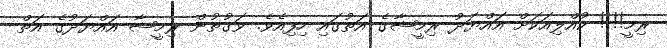
ރިމީ!!!! ކުއްލިއަކަށް އައްޔަދު ރިމީޝާގެ އަތުގައި ހިފިއެވެ. ވަގުތުން ރިމީޝާ އައްޔަދުގެ އަތް